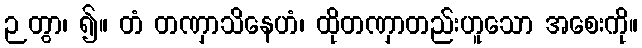
ဉတွာ၊ ၍။ တံ တဏှာသိနေဟံ၊ ထိုတဏှာတည်းဟူသော အစေးကို။